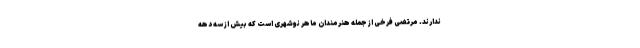
ندارند. مرتضی فرخی از جمله هنرمندان ماهر نوشهری است که بیش از سه دهه